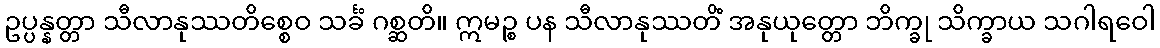
ဥပ္ပန္နတ္တာ သီလာနုဿတိစ္စေဝ သင်္ခံ ဂစ္ဆတိ။ ဣမဉ္စ ပန သီလာနုဿတိံ အနုယုတ္တော ဘိက္ခု သိက္ခာယ သဂါရဝေါ